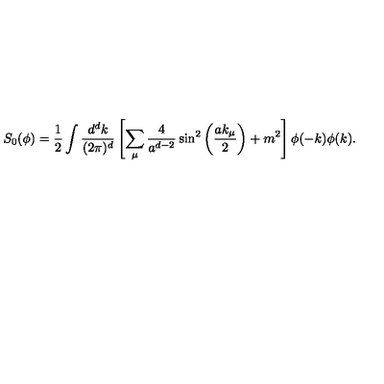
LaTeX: S _ { 0 } ( \phi ) = \frac { 1 } { 2 } \int \frac { d ^ { d } k } { ( 2 \pi ) ^ { d } } \left[ \sum _ { \mu } \frac { 4 } { a ^ { d - 2 } } \sin ^ { 2 } \left( \frac { a k _ { \mu } } { 2 } \right) + m ^ { 2 } \right] \phi ( - k ) \phi ( k ) .